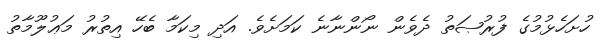
ހުށަހެޅުމުގެ ފުރުޞަތު ދެވެން ނޯންނާނެ ކަމަށެވެ. އަދި މިކަމާ ބެހޭ އިތުރު މަޢުލޫމާތު